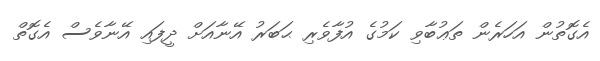
އެގޮތުން އަހަރެން ތަޢުބާވި ކަމުގެ އުފާވެރި ޙަބަރު އޭނާއަށް ދީފައި އޭނާވެސް އެގޮތް